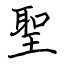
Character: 聖